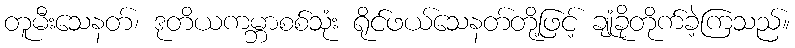
တူမီးသေနတ်၊ ဒုတိယကမ္ဘာစစ်သုံး ရိုင်ဖယ်သေနတ်တို့ဖြင့် ချုံခိုတိုက်ခဲ့ကြသည်။